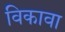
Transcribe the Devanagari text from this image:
विकावा